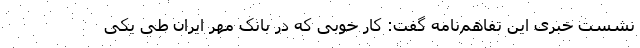
نشست خبری این تفاهم‌نامه گفت: کار خوبی که در بانک مهر ایران طی یکی